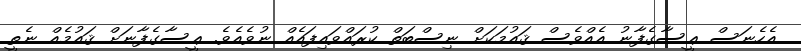
އެހެނަސް ޢީސާގެފާނު އެއްވެސް ޤައުމަކަށް ނިސްބަތް ކުރައްވައިފައެއް ނުވެއެވެ. ޢީސާގެފާނަށް ޤައުމެއް ނެތީ